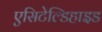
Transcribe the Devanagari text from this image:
एसिटेल्डिहाइड